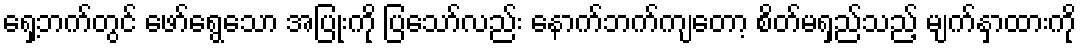
ရှေ့ဘက်တွင် ဖော်ရွေသော အပြုံးကို ပြသော်လည်း နောက်ဘက်ကျတော့ စိတ်မရှည်သည့် မျက်နှာထားကို